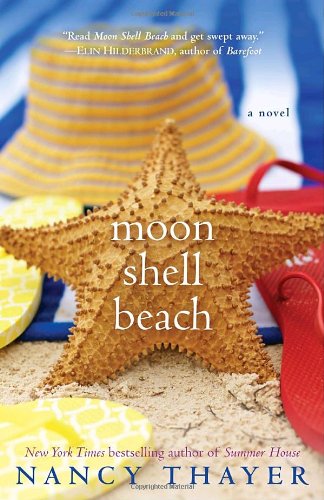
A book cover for Moon Shell Beach: A Novel; Nancy Thayer; Literature & Fiction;